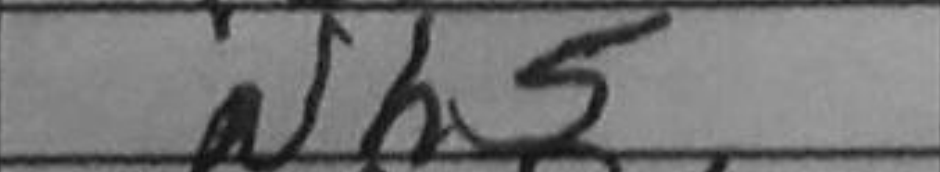
Transcription: Nh5